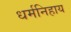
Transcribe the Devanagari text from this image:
धर्मनिहाय